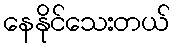
နေနိုင်သေးတယ်